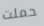
حملت